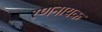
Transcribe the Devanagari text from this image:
रणनायक